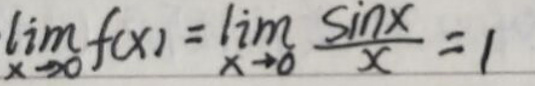
\lim_{x \to 0} f(x)=\lim_{x \to 0}\frac{\sin x}{x}=1